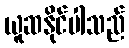
ယူဆနိုင်ပါသည်